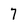
Character: 7